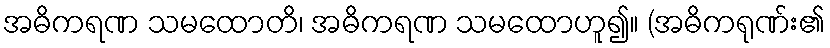
အဓိကရဏ သမထောတိ၊ အဓိကရဏ သမထောဟူ၍။ (အဓိကရုဏ်း၏